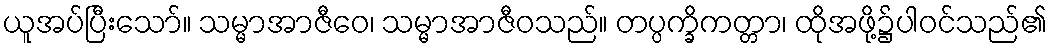
ယူအပ်ပြီးသော်။ သမ္မာအာဇီဝေ၊ သမ္မာအာဇီဝသည်။ တပ္ပက္ခိကတ္တာ၊ ထိုအဖို့၌ပါဝင်သည်၏